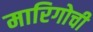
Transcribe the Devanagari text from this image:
मारिगोची